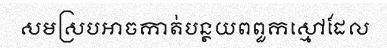
សមស្របអាចកាត់បន្ថយពពួកស្មៅដែល